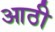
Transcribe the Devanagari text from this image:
आठी